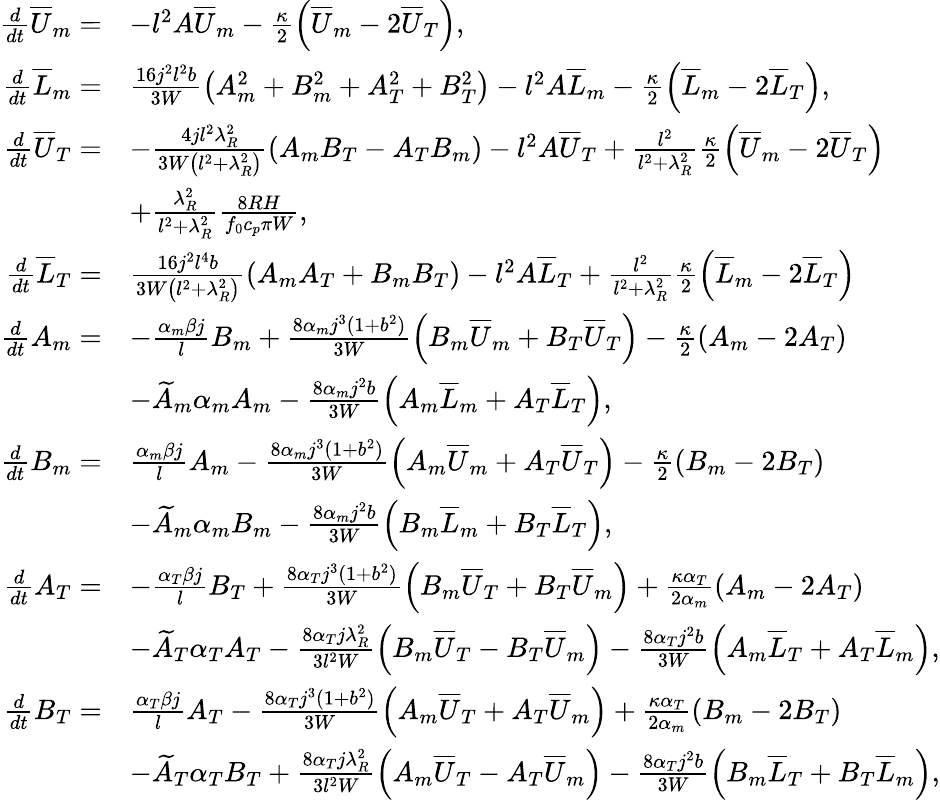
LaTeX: \begin{array}{rl}{\frac{d}{dt}{\overline{{U}}_{m}}=}&{-l^{2}A{\overline{{U}}_{m}}-\frac{\kappa}{2}\left({\overline{{U}}_{m}}-2{\overline{{U}}_{T}}\right),}\\ {\frac{d}{dt}{\overline{{L}}_{m}}=}&{\frac{16j^{2}l^{2}b}{3W}\left({A_{m}^{2}+B_{m}^{2}}+{A_{T}^{2}+B_{T}^{2}}\right)-l^{2}A{\overline{{L}}_{m}}-\frac{\kappa}{2}\left({\overline{{L}}_{m}}-2{\overline{{L}}_{T}}\right),}\\ {\frac{d}{dt}{\overline{{U}}_{T}}=}&{-\frac{4jl^{2}\lambda_{R}^{2}}{3W\left(l^{2}+\lambda_{R}^{2}\right)}\left({A_{m}B_{T}-A_{T}B_{m}}\right)-l^{2}A{\overline{{U}}_{T}}+\frac{l^{2}}{l^{2}+\lambda_{R}^{2}}\frac{\kappa}{2}\left({\overline{{U}}_{m}}-2{\overline{{U}}_{T}}\right)}\\ &{+\frac{\lambda_{R}^{2}}{l^{2}+\lambda_{R}^{2}}\frac{8RH}{f_{0}c_{p}\pi W},}\\ {\frac{d}{dt}{\overline{{L}}_{T}}=}&{\frac{16j^{2}l^{4}b}{3W\left(l^{2}+\lambda_{R}^{2}\right)}\left({A_{m}A_{T}+B_{m}B_{T}}\right)-l^{2}A{\overline{{L}}_{T}}+\frac{l^{2}}{l^{2}+\lambda_{R}^{2}}\frac{\kappa}{2}\left({\overline{{L}}_{m}}-2{\overline{{L}}_{T}}\right)}\\ {\frac{d}{dt}{A_{m}}=}&{-\frac{\alpha_{m}\beta j}{l}{B_{m}}+\frac{8\alpha_{m}j^{3}(1+b^{2})}{3W}\left({B_{m}\overline{{U}}_{m}}+{B_{T}\overline{{U}}_{T}}\right)-\frac{\kappa}{2}\left({A_{m}}-2{A_{T}}\right)}\\ &{-\widetilde{A}_{m}\alpha_{m}{A_{m}}-\frac{8\alpha_{m}j^{2}b}{3W}\left({A_{m}\overline{{L}}_{m}}+{A_{T}\overline{{L}}_{T}}\right),}\\ {\frac{d}{dt}{B_{m}}=}&{\frac{\alpha_{m}\beta j}{l}{A_{m}}-\frac{8\alpha_{m}j^{3}(1+b^{2})}{3W}\left({A_{m}\overline{{U}}_{m}}+{A_{T}\overline{{U}}_{T}}\right)-\frac{\kappa}{2}\left({B_{m}}-2{B_{T}}\right)}\\ &{-\widetilde{A}_{m}\alpha_{m}{B_{m}}-\frac{8\alpha_{m}j^{2}b}{3W}\left({B_{m}\overline{{L}}_{m}}+{B_{T}\overline{{L}}_{T}}\right),}\\ {\frac{d}{dt}{A_{T}}=}&{-\frac{\alpha_{T}\beta j}{l}{B_{T}}+\frac{8\alpha_{T}j^{3}(1+b^{2})}{3W}\left({B_{m}\overline{{U}}_{T}}+{B_{T}\overline{{U}}_{m}}\right)+\frac{\kappa\alpha_{T}}{2\alpha_{m}}({A_{m}}-2{A_{T}})}\\ &{-\widetilde{A}_{T}\alpha_{T}{A_{T}}-\frac{8\alpha_{T}j\lambda_{R}^{2}}{3l^{2}W}\left({B_{m}\overline{{U}}_{T}}-{B_{T}\overline{{U}}_{m}}\right)-\frac{8\alpha_{T}j^{2}b}{3W}\left({A_{m}\overline{{L}}_{T}}+{A_{T}\overline{{L}}_{m}}\right),}\\ {\frac{d}{dt}{B_{T}}=}&{\frac{\alpha_{T}\beta j}{l}{A_{T}}-\frac{8\alpha_{T}j^{3}(1+b^{2})}{3W}\left({A_{m}\overline{{U}}_{T}}+{A_{T}\overline{{U}}_{m}}\right)+\frac{\kappa\alpha_{T}}{2\alpha_{m}}({B_{m}}-2{B_{T}})}\\ &{-\widetilde{A}_{T}\alpha_{T}{B_{T}}+\frac{8\alpha_{T}j\lambda_{R}^{2}}{3l^{2}W}\left({A_{m}\overline{{U}}_{T}}-{A_{T}\overline{{U}}_{m}}\right)-\frac{8\alpha_{T}j^{2}b}{3W}\left({B_{m}\overline{{L}}_{T}}+{B_{T}\overline{{L}}_{m}}\right),}\end{array}